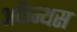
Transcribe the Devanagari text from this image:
अकैन्थस